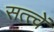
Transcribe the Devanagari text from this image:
सत्त्वें